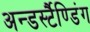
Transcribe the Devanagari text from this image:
अन्डर्स्टैण्डिंग